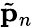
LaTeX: \tilde{{\mathbf p}}_{n}